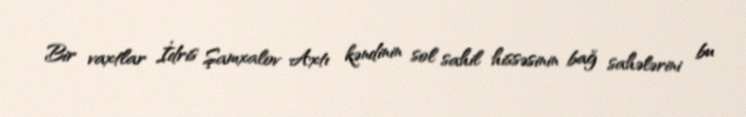
Bir vaxtlar İdris Şamxalov Axtı kəndinin sol sahil hissəsinin bağ sahələrini bu